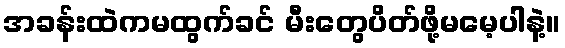
အခန်းထဲကမထွက်ခင် မီးတွေပိတ်ဖို့မမေ့ပါနဲ့။